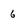
Character: 6